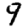
Digit: 9